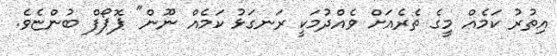
އިތުރު ކަމެއް މީގެ ތެރެއަށް ވެއްދުމަކީ ރަނގަޅު ކަމެއް ނޫން" ޕޮޕޯފް ބުންޏެވެ.